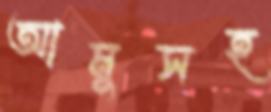
আমুসহ